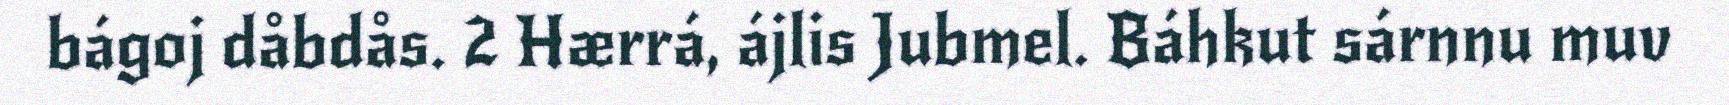
bágoj dåbdås. 2 Hærrá, ájlis Jubmel. Báhkut sárnnu muv